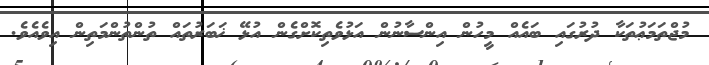
މުޖްތަމަޢުތަކާ ދުރުގައި ބައެއް މީހުން އިންސާނުން އަޅުވެތިކޮށްގެން އުޅޭ ޚަބަރުތައް ތުންތުންމަތިން އިވެއެވެ.